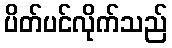
ပိတ်ပင်လိုက်သည်